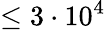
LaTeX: \leq 3\cdot 10^{4}